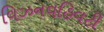
વિઝનવહિવટી